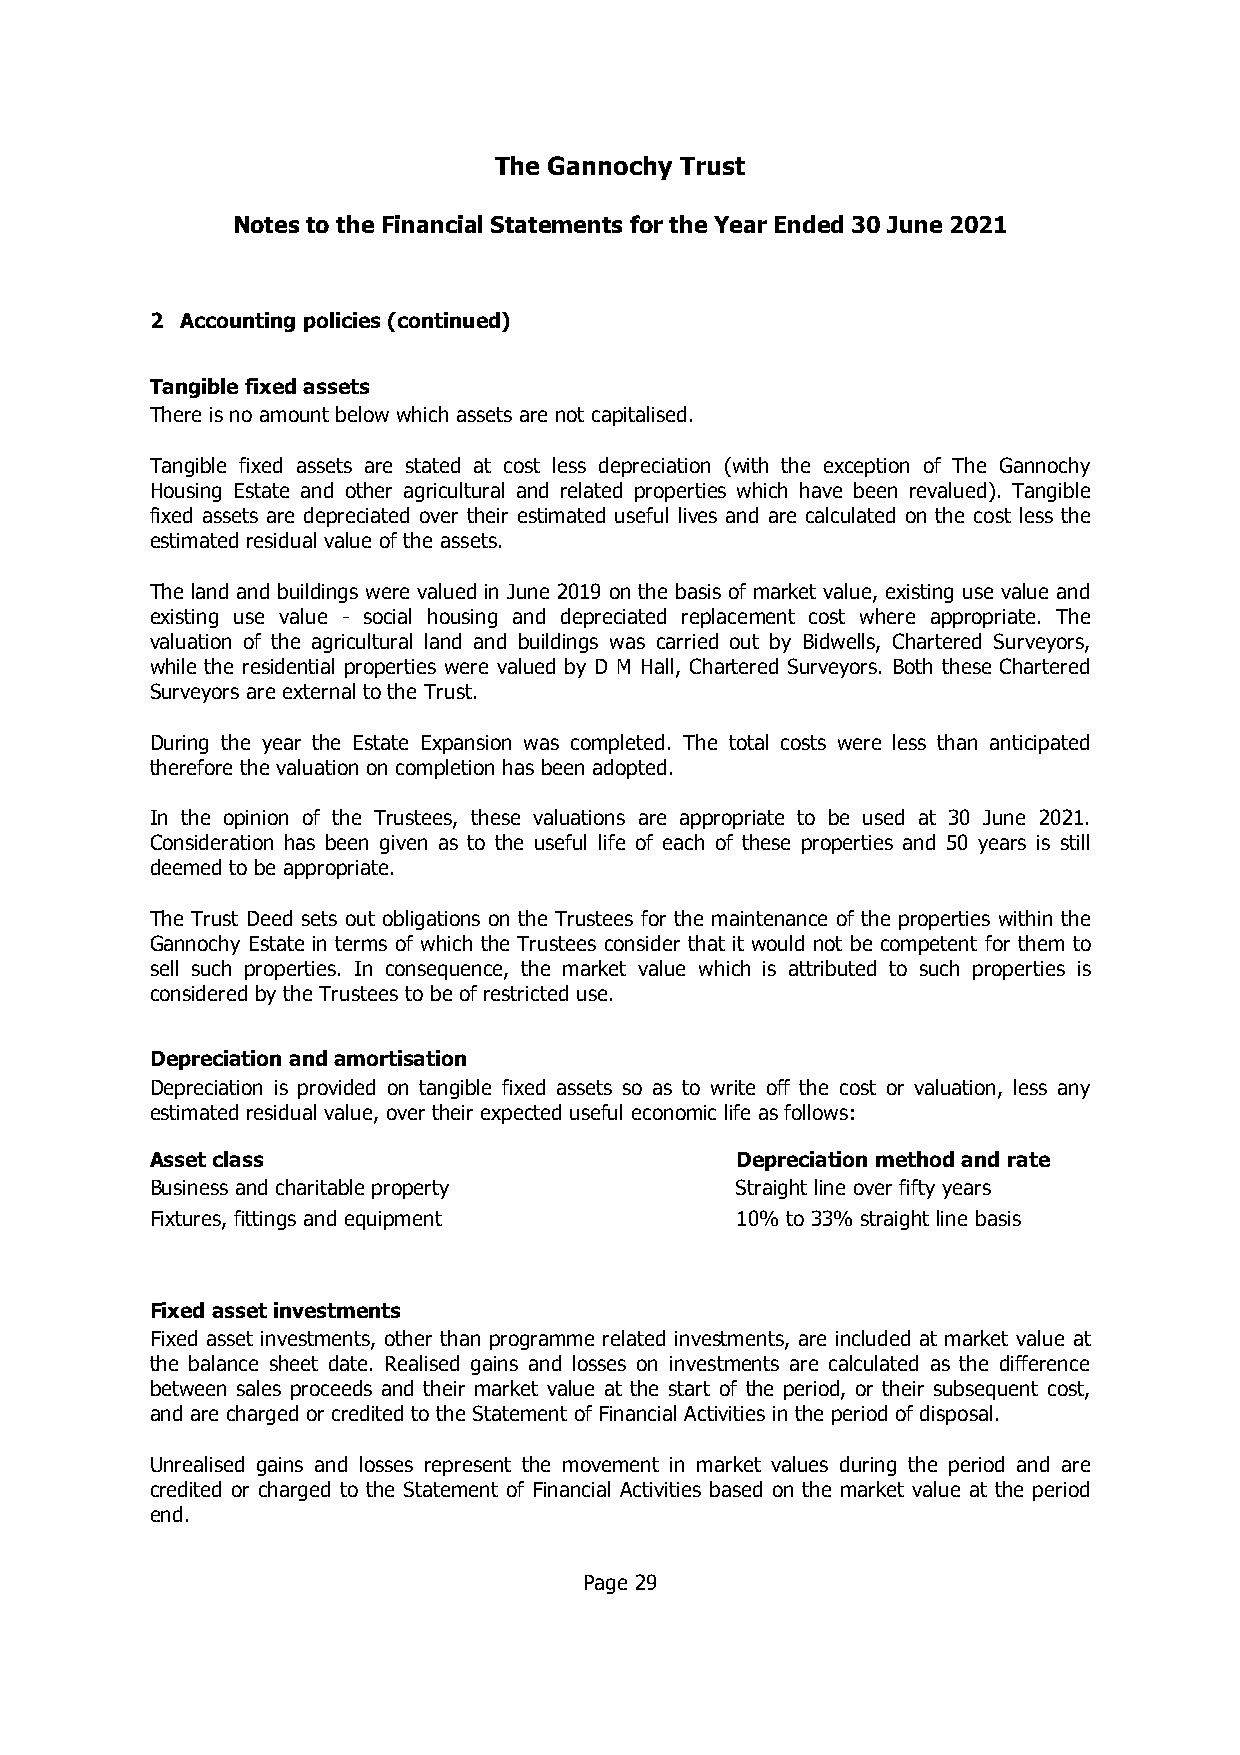
The Gannochy Trust
 Notes to the Financial Statements for the Year Ended 30 June 2021
 2 Accounting policies (continued)
 Tangible fixedassets
 There is no amount below which assets are not capitalised.
 Tangible fixed assets are stated at cost less depreciation (with the exception of The Gannochy
 Housing Estate and other agricultural and related properties which have been revalued). Tangible
 fixed assets are depreciated over their estimated useful lives and are calculated on the cost less the
 estimated residual value of the assets.
 The land and buildings were valued in June 2019 on the basis of market value, existing use value and
 existing use value - social housing and depreciated replacement cost where appropriate. The
 valuation of the agricultural land and buildings was carried out by Bidwells, Chartered Surveyors,
 while the residential properties were valued by D M Hall, Chartered Surveyors. Both these Chartered
 Surveyors are external to the Trust.
 During the year the Estate Expansion was completed. The total costs were less than anticipated
 therefore the valuation on completion has been adopted.
 In the opinion of the Trustees, these valuations are appropriate to be used at 30 June 2021.
 Consideration has been given as to the useful life of each of these properties and 50 years is still
 deemed to be appropriate.
 The Trust Deed sets out obligations on the Trustees for the maintenance of the properties within the
 Gannochy Estate in terms of which the Trustees consider that it would not be competent for them to
 sell such properties. In consequence, the market value which is attributed to such properties is
 considered by the Trustees to be of restricted use.
 Depreciation andamortisation
 Depreciation is provided on tangible fixed assets so as to write off the cost or valuation, less any
 estimated residual value, over their expected useful economic life as follows:
 Assetclass                             Depreciation method and rate
 Business and charitable property       Straight line over fifty years
 Fixtures, fittings and equipment       10% to 33% straight line basis
 Fixed assetinvestments
 Fixed asset investments, other than programme related investments, are included at market value at
 the balance sheet date. Realised gains and losses on investments are calculated as the difference
 between sales proceeds and their market value at the start of the period, or their subsequent cost,
 and are charged or credited to the Statement of Financial Activities in the period of disposal.
 Unrealised gains and losses represent the movement in market values during the period and are
 credited or charged to the Statement of Financial Activities based on the market value at the period
 end.
 Page 29